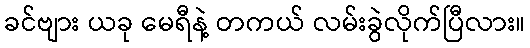
ခင်ဗျား ယခု မေရီနဲ့ တကယ် လမ်းခွဲလိုက်ပြီလား။